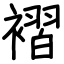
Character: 褶